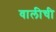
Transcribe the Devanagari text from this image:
वालीची